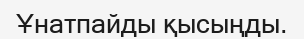
Ұнатпайды қысыңды.